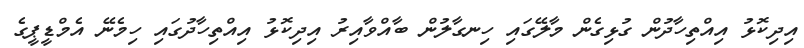
އިދިކޮޅު އިއްތިހާދުން ގުޅިގެން މާލޭގައި ހިނގާލުން ބާއްވާއިރު އިދިކޮޅު އިއްތިހާދުގައި ހިމެނޭ އެމްޑީޕީގެ